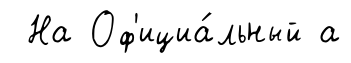
На Оф'ициа́льный а